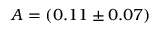
A = ( 0 . 1 1 \pm 0 . 0 7 )